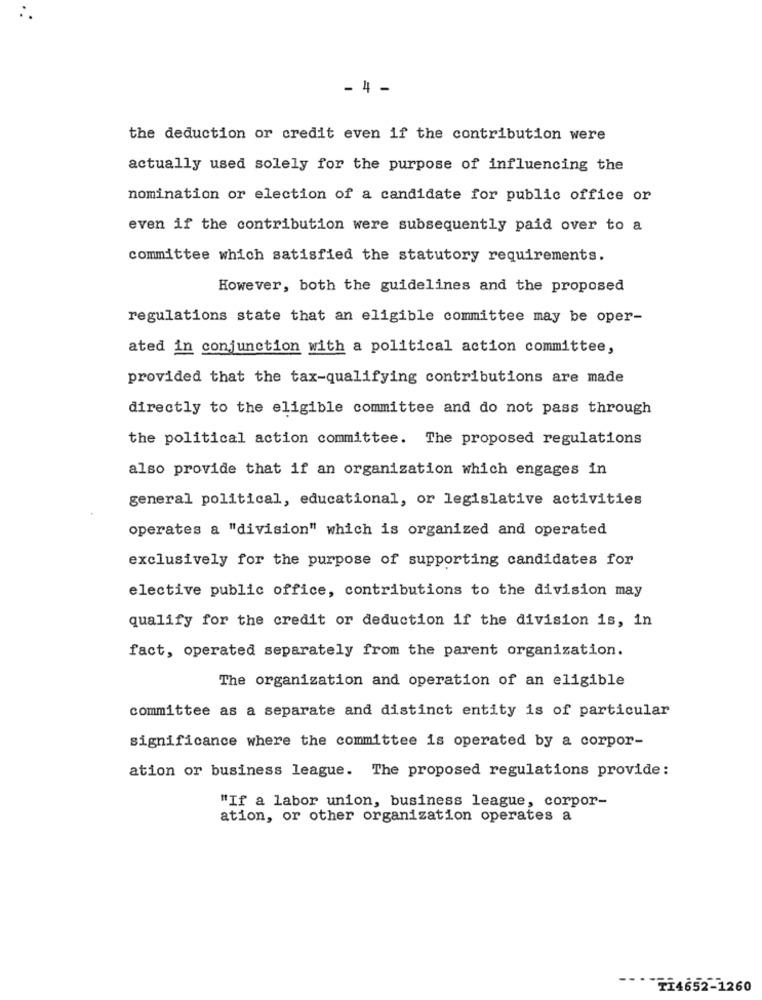
- 4 -
the deduction or credit even if the contribution were
actually used solely for the purpose of influencing the
nomination or election of a candidate for public office or
even if the contribution were subsequently paid over to a
committee which satisfied the statutory requirements.
However, both the guidelines and the proposed
regulations state that an eligible committee may be oper-
ated in conjunction with a political action committee,
provided that the tax-qualifying contributions are made
directly to the eligible committee and do not pass through
the political action committee. The proposed regulations
also provide that if an organization which engages in
general political, educational, or legislative activities
operates a "division" which is organized and operated
exclusively for the purpose of supporting candidates for
elective public office, contributions to the division may
qualify for the credit or deduction if the division is, in
fact, operated separately from the parent organization.
The organization and operation of an eligible
committee as a separate and distinct entity is of particular
significance where the committee is operated by a corpor-
ation or business league. The proposed regulations provide:
"If a labor union, business league, corpor-
ation, or other organization operates a
*774652-1260